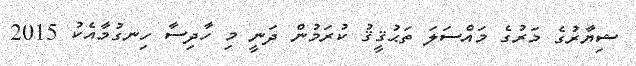
ޝިޔާރުގެ މަރުގެ މައްސަލަ ތަޙުޤީޤު ކުރަމުން ދަނީ މި ހާދިސާ ހިނގުމާއެކު 2015